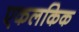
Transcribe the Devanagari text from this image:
एकलकिक